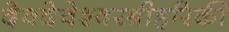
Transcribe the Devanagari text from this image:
देवदेवेश्वरश्रीहरिकी